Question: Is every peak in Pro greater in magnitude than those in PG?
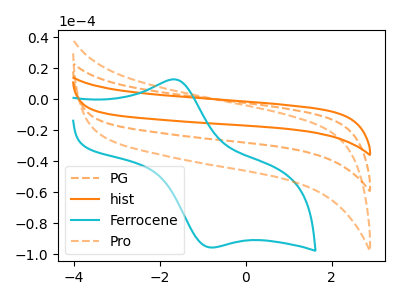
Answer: <think>The orange dashed curve "PG" has no peaks. The orange curve "hist" has no peaks. The cyan curve "Ferrocene" has an anodic peak at (-1.60V, 12.70uA) and a cathodic peak at (-0.85V, -95.65uA). The orange dashed curve "Pro" has no peaks.</think>
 <answer>Niether CV has any peaks.</answer>
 <eval>blanks</eval>